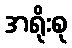
အရိုးစု